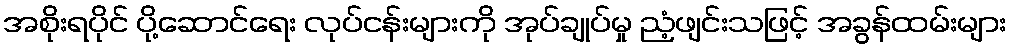
အစိုးရပိုင် ပို့ဆောင်ရေး လုပ်ငန်းများကို အုပ်ချုပ်မှု ညံ့ဖျင်းသဖြင့် အခွန်ထမ်းများ